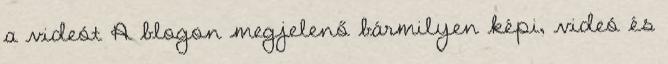
a videót A blogon megjelenő bármilyen képi, videó és